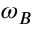
\omega _ { B }